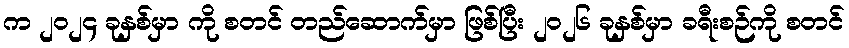
က ၂၀၂၄ ခုနှစ်မှာ ကို စတင် တည်ဆောက်မှာ ဖြစ်ပြီး ၂၀၂၆ ခုနှစ်မှာ ခရီးစဉ်ကို စတင်